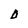
Character: D